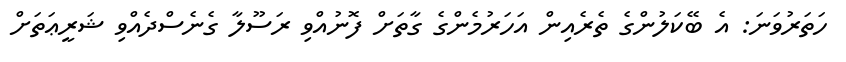
ހަތަރުވަނަ: އެ ބޭކަލުންގެ ތެރެއިން އަހަރުމެންގެ ގާތަށް ފޮނުއްވި ރަސޫލާ ގެނެސްދެއްވި ޝަރީޢަތަށް